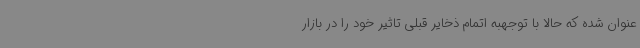
عنوان شده که حالا با توجهبه اتمام ذخایر قبلی تاثیر خود را در بازار